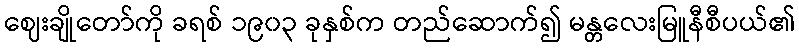
ဈေးချိုတော်ကို ခရစ် ၁၉၀၃ ခုနှစ်က တည်ဆောက်၍ မန္တလေးမြူနီစီပယ်၏